Indian journal of veterinary science and animal husbandry - Volume 14,
Year: 1944
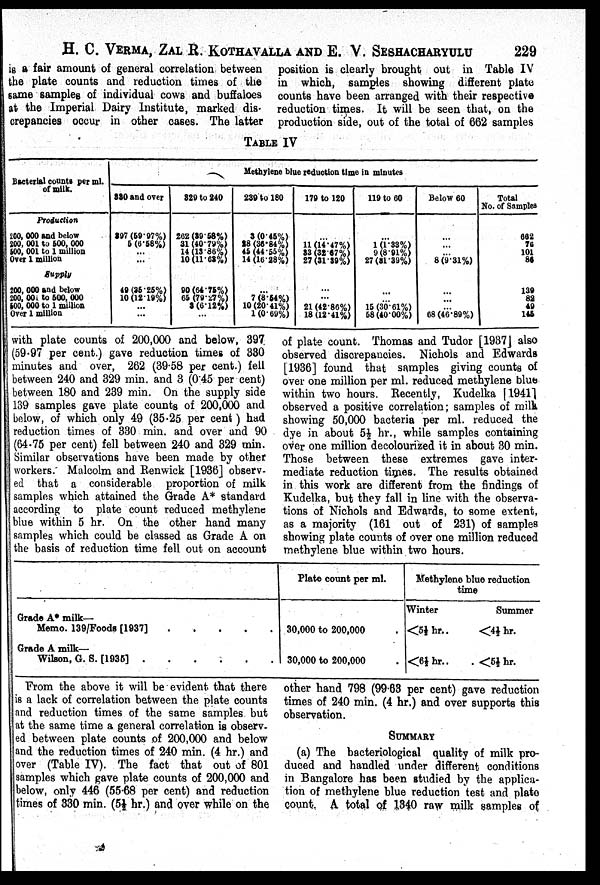
H. C. VERMA, ZAL R. KOTHAVALLA AND E. V.
SESHACHARYULU
229
is a fair amount of general correlation between
the plate counts and reduction times of the
same samples of individual cows and buffaloes
at the Imperial Dairy Institute, marked dis-
crepancies occur in other cases. The latter
position is clearly brought out in Table IV
in which, samples showing different plate
counts have been arranged with their respective
reduction times. It will be seen that, on the
production side, out of the total of 662 samples
TABLE IV
Bacterial counts per ml.
of milk.
Production
200, 000 and below
200, 001 to 500, 000
500, 001 to 1 million
Over 1 million
Supply
200, 000 and below
200, 000 to 500, 000
500, 000 to 1 million
Over 1 million
Methylene blue reduction time in minutes
330 and over
397 (59.97%)
5 (6.58%)
... ...
49 (35.25%)
10 (12.19%)
...
...
329 to 240
262 (39.58%)
31 (40.79%)
14 (13.86%)
10 (11.68%)
90 (64.75%)
65 (79.27%)
8 (6.12%)
...
239 to 180
3 (0.45%)
28 (36.84%)
45 (44.55%)
14 (16. 28%)
...
7 (8.54%)
10 (20.41%)
1 (0.69%)
179 to 120
...
11(14.47%)
33 (32.67%)
27 (31.39%)
...
...
21 (42.86%)
18 (12.41%)
119 to 60
...
1 (1.33%)
9 (8.91%)
27 (81.39%)
...
... 15 (30.61%)
58 (40.00%)
Below 60
...
...
... 8 (9.31%)
...
...
... 68 (46.89%)
Total
No. of Samples
662
76
101
86
139
82
49
146
with plate counts of 200,000 and below, 397
(59.97 per cent.) gave reduction times of 330
minutes and over, 262 (39.58 per cent.) fell
between 240 and 329 min. and 3 (0.45 per cent)
between 180 and 239 min. On the supply side
139 samples gave plate counts of 200,000 and
below, of which only 49 (35.25 per cent) had
reduction times of 330 min. and over and 90
(64.75 per cent) fell between 240 and 329 min.
Similar observations have been made by other
workers. Malcolm and Renwick [1936] observ-
ed that a considerable proportion of milk
samples which attained the Grade A* standard
according to plate count reduced methylene
blue within 5 hr. On the other hand many
samples which could be classed as Grade A on
the basis of reduction time fell out on account
of plate count. Thomas and Tudor [1937] also
observed discrepancies. Nichols and Edwards
[1936] found that samples giving counts of
over one million per ml. reduced methylene blue
within two hours. Recently, Kudelka [1941]
observed a positive correlation; samples of milk
showing 50,000 bacteria per ml. reduced the
dye in about 5½ hr., while samples containing
over one million decolourized it in about 30 min.
Those between these extremes gave inter-
mediate reduction times. The results obtained
in this work are different from the findings of
Kudelka, but they fall in line with the observa-
tions of Nichols and Edwards, to some extent,
as a majority (161 out of 231) of samples
showing plate counts of over one million reduced
methylene blue within two hours.
Grade A* milk—
Memo. 139/Foods [1937]
.
.
.
.
.
Grade A milk—
Wilson, G. S. [1935]
.
.
.
.
.
Plate count per ml.
30,000 to 200,000
30,000 to 200,000
Methylene blue reduction
time
Winter
<5½ hr..
<6½ hr..
Summer
<4½ hr.
<5½ hr.
From the above it will be evident that there
is a lack of correlation between the plate counts
and reduction times of the same samples but
at the same time a general correlation is observ-
ed between plate counts of 200,000 and below
and the reduction times of 240 min. (4 hr.) and
over (Table IV). The fact that out of 801
samples which gave plate counts of 200,000 and
below, only 446 (55.68 per cent) and reduction
times of 330 min. (5½ hr.) and over while on the
other hand 798 (99.63 per cent) gave reduction
times of 240 min. (4 hr.) and over supports this
observation.
SUMMARY
(a) The bacteriological quality of milk pro-
duced and handled under different conditions
in Bangalore has been studied by the applica-
tion of methylene blue reduction test and plate
count, A total of 1340 raw milk samples of